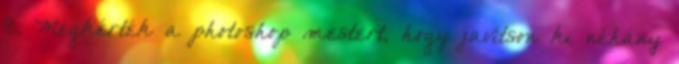
8. Megkérték a photoshop mestert, hogy javítson ki néhány